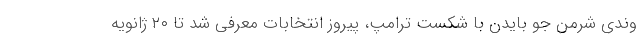
وندی شرمن جو بایدن با شکست ترامپ، پیروز انتخابات معرفی شد تا ۲۰ ژانویه